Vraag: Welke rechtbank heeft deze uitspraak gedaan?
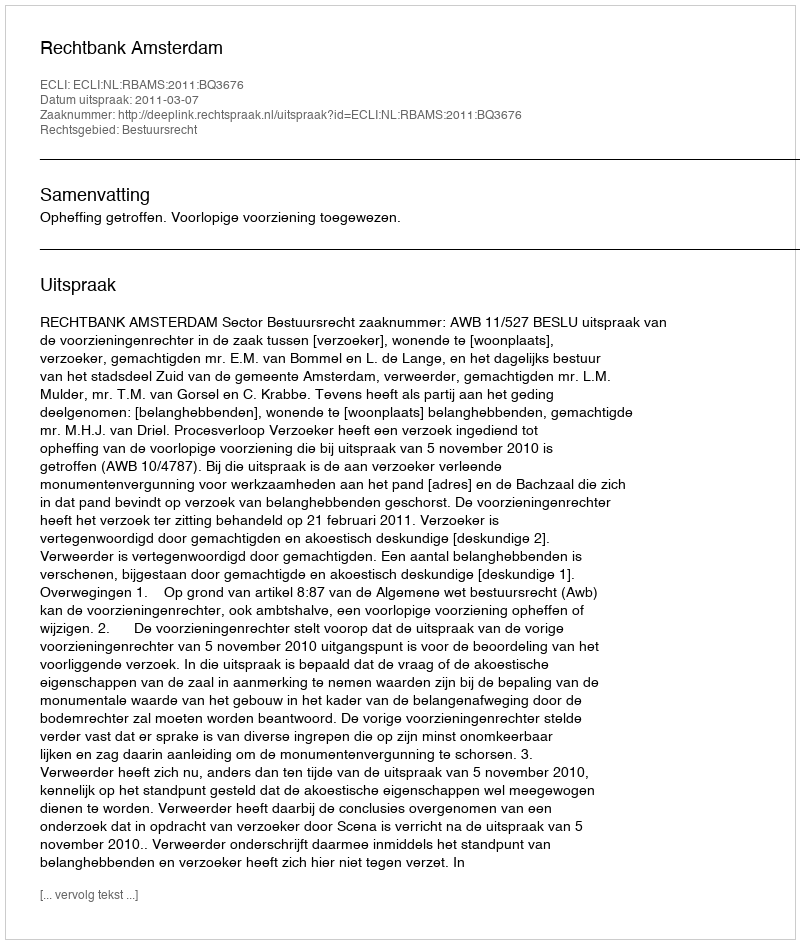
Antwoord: Rechtbank Amsterdam